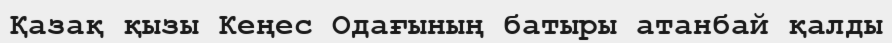
Қазақ қызы Кеңес Одағының батыры атанбай қалды